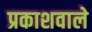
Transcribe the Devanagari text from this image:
प्रकाशवाले